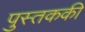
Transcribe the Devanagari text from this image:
पुस्तककी